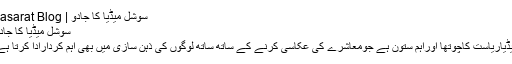
سوشل میڈیا کا جادو | Jasarat Blog
سوشل میڈیا کا جادو
میڈیاریاست کاچوتھا اوراہم ستون ہے جومعاشرے کی عکاسی کرنے کے ساتھ ساتھ لوگوں کی ذہن سازی میں بھی اہم کردارادا کرتا ہے۔